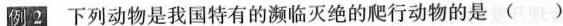
例2 下列动物是我国特有的濒临灭绝的爬行动物的是 （）